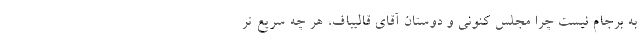
به برجام نیست چرا مجلس کنونی و دوستان آقای قالیباف، هر چه سریع تر